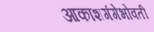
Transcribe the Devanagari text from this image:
आकाशगंगेभोवती